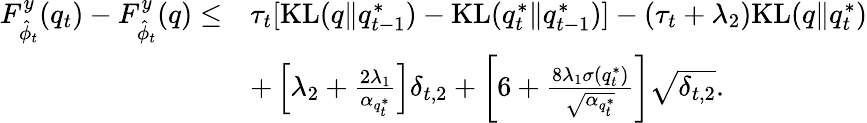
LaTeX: \begin{array}{rl}{F_{\hat{\phi}_{t}}^{y}(q_{t})-F_{\hat{\phi}_{t}}^{y}(q)\leq}&{\tau_{t}[\mathrm{KL}(q\| q_{t-1}^{*})-\mathrm{KL}(q_{t}^{*}\| q_{t-1}^{*})]-(\tau_{t}+\lambda_{2})\mathrm{KL}(q\| q_{t}^{*})}\\ &{+\left[\lambda_{2}+\frac{2\lambda_{1}}{\alpha_{q_{t}^{*}}}\right]\delta_{t,2}+\left[6+\frac{8\lambda_{1}\sigma(q_{t}^{*})}{\sqrt{\alpha_{q_{t}^{*}}}}\right]\sqrt{\delta_{t,2}}.}\end{array}